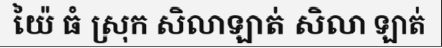
យ៉ៃ ធំ ស្រុក សិលាឡាត់ សិលា ឡាត់